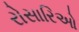
રોસારિઓ